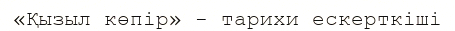
«Қызыл көпір» - тарихи ескерткіші